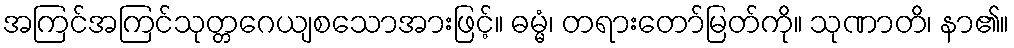
အကြင်အကြင်သုတ္တဂေယျစသောအားဖြင့်။ ဓမ္မံ၊ တရားတော်မြတ်ကို။ သုဏာတိ၊ နာ၏။